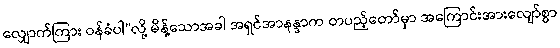
လျှောက်ကြား ဝန်ခံပါ”လို့ မိန့်သောအခါ အရှင်အာနန္ဒာက တပည့်တော်မှာ အကြောင်းအားလျော်စွာ